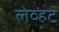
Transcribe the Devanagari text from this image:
लेव्हंट